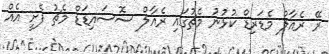
ރޭ ރެއާލް މެޑަރިޑް ކުޅުނު މެޗުގައި ރެއާލް ސޮސައިޑަޑް މެޗު ފެށީ އެއް